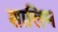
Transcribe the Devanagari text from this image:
शालिम